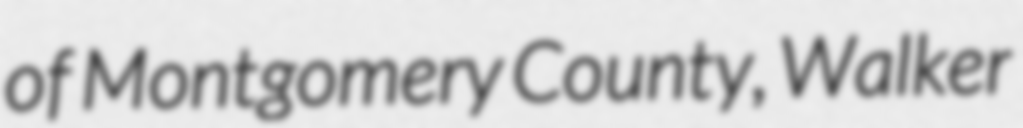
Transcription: of Montgomery County, Walker